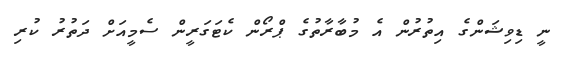
ނީ ޑިވިޝަންގެ އިތުރުން އެ މުބާރާތުގެ ޕްރޯން ކެޓަގަރީން ސެމީއަށް ދަތުރު ކުރި